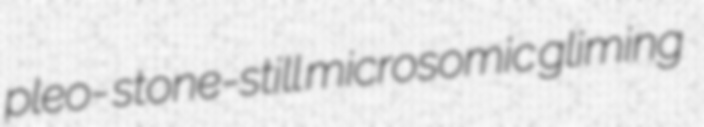
pleo- stone-still microsomic gliming